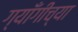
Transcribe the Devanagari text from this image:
ग्याँगीच्या